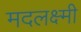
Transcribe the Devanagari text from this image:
मदलक्ष्मी